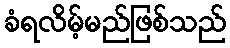
ခံရလိမ့်မည်ဖြစ်သည်